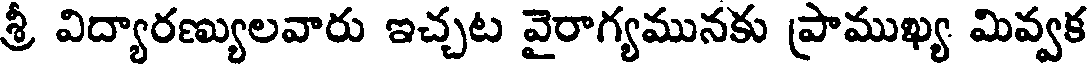
శ్రీ విద్యారణ్యులవారు ఇచ్చట వైరాగ్యమునకు ప్రాముఖ్య మివ్వక